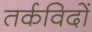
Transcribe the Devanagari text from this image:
तर्कविदों